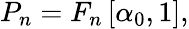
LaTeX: \begin{array}{r}{P_{n}=F_{n}\left[\alpha_{0},1\right],}\end{array}